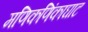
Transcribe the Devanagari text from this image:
मणिकणिंकाघाट